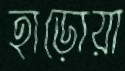
হাড়োয়া